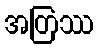
အတြဿ